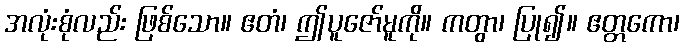
အလုံးစုံလည်း ဖြစ်သော။ ဧတံ၊ ဤပူဇော်မူကို။ ကတွာ၊ ပြု၍။ ဧတ္တကော၊